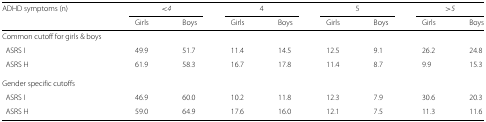
| ADHD symptoms (n) | <COLSPAN=2> <4 | <COLSPAN=2> 4 | <COLSPAN=2> 5 | <COLSPAN=2> >5 |
 |  | Girls | Boys | Girls | Boys | Girls | Boys | Girls | Boys |
 | --- | --- | --- | --- | --- | --- | --- | --- | --- |
 | Common cutoff for girls & boys |  |  |  |  |  |  |  |  |
 | ASRS I | 49.9 | 51.7 | 11.4 | 14.5 | 12.5 | 9.1 | 26.2 | 24.8 |
 | ASRS H | 61.9 | 58.3 | 16.7 | 17.8 | 11.4 | 8.7 | 9.9 | 15.3 |
 | Gender specific cutoffs |  |  |  |  |  |  |  |  |
 | ASRS I | 46.9 | 60.0 | 10.2 | 11.8 | 12.3 | 7.9 | 30.6 | 20.3 |
 | ASRS H | 59.0 | 64.9 | 17.6 | 16.0 | 12.1 | 7.5 | 11.3 | 11.6 |